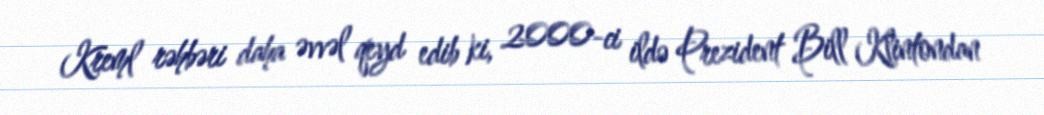
Kreml rəhbəri daha əvvəl qeyd edib ki, 2000-ci ildə Prezident Bill Klintondan